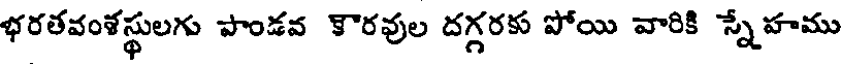
భరతవంశస్థులగు పాండవ కౌరవుల దగ్గరకు పోయి వారికి స్నేహము